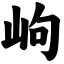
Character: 岣